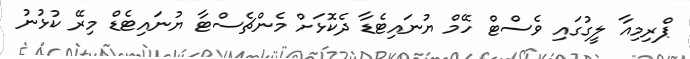
ޕްރިމިއާ ލީގުގައި ވެސްޓް ހޭމް ޔުނައިޓެޑާ ދެކޮޅަށް މެންޗެސްޓާ ޔުނައިޓެޑް މިރޭ ކުޅުނު